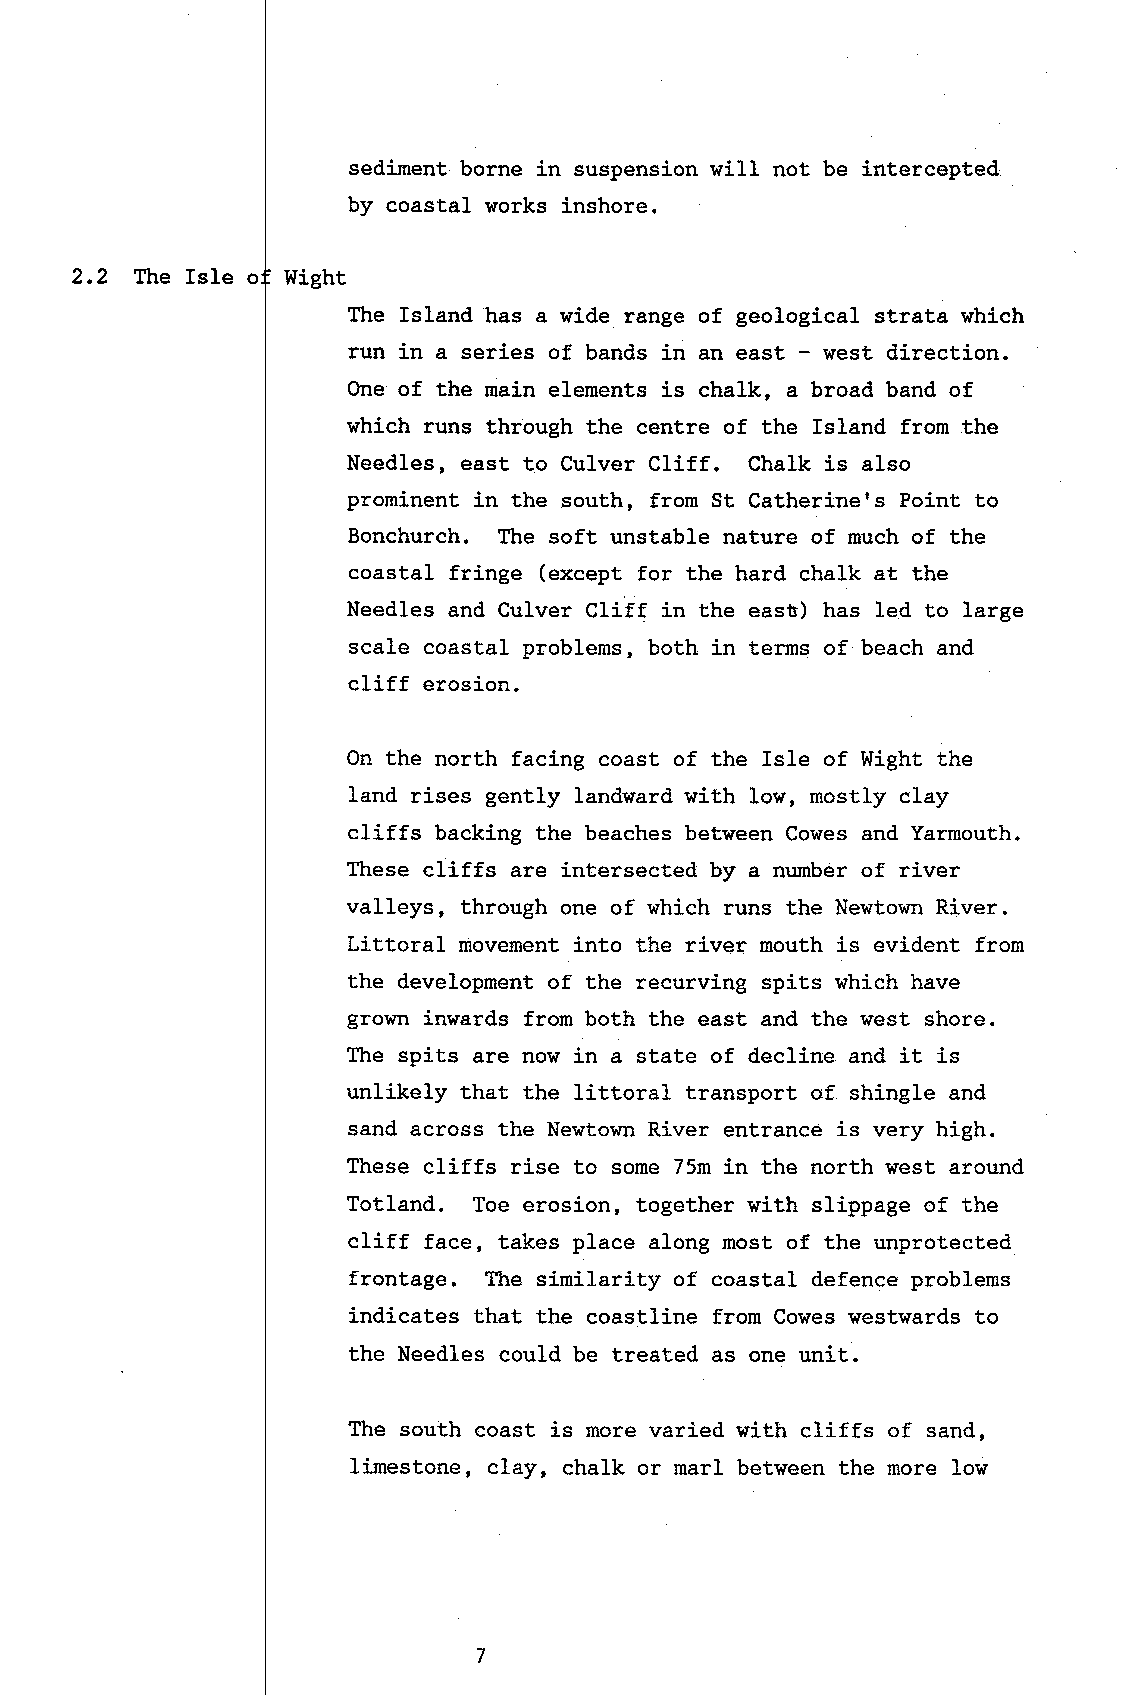
sediment borne in suspension will not be intercepted
 by coastal works inshore.
 2,2 The IsIe o Wight
 The Island has a wide range of geological strata which
 run in a series of bands in an east - west direction.
 One of the main elements is chalk, a broad band of
 which runs through the centre of the Island from the
 Needles, east to Cu1ver Cliff. Chalk is also
 prominent in the south, from St Catherine's Point to
 Bonchurch. The soft unstable nature of much of the
 coastal fringe (except for the hard chalk at the
 Needles and Culver Cliff in the easB) has led to large
 scale coastal problems, both in terns of beach and
 cliff erosion.
 On the north facing coast of the Isle of Wight the
 land rises gently landward with low, mostly clay
 cliffs backing the beaches between Cowes and Yarmouth.
 These cliffs are intersected by a number of river
 valleys, through one of which runs the Newtown River.
 Littoral movement into the river mouth is evident fron
 the development of the recurving spits which have
 grown j.nwards from both the east and the west shore.
 The spits are now in a state of decline. and it is
 unlikely that the littoral transport of shingle and
 sand across the Newtown River entrance is very high.
 These cliffs rise to some 75m in the north wesL around
 Totland. Toe erosion, together with slippage of the
 cliff face, takes place along most of the unprotected
 frontage. fhe similarity of coastal defence problems
 indicates that the coastline from Cowes westwards to
 the Needles could be treated as one unit.
 The south coast is more varied with cliffs of sand,
 limestone, clay, chalk or marl between the more low